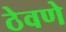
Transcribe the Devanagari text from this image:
ठेवणेे